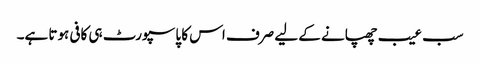
سب عیب چھپانے کے لیے صرف اس کا پاسپورٹ ہی کافی ہوتا ہے۔